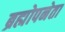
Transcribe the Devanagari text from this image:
ब्रह्मोपनेता